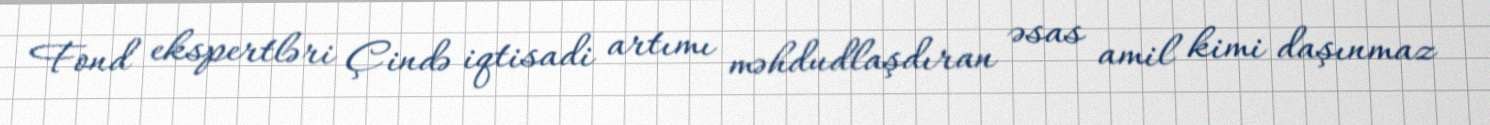
Fond ekspertləri Çində iqtisadi artımı məhdudlaşdıran əsas amil kimi daşınmaz